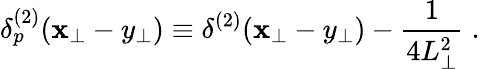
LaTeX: \delta_{p}^{(2)}(\mathbf{x}_{\perp}-y_{\perp})\equiv\delta^{(2)}(\mathbf{x}_{\perp}-y_{\perp})-{\frac{{1}}{{4L_{\perp}^{2}}}}\; .